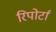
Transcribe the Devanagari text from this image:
रिपोर्टां